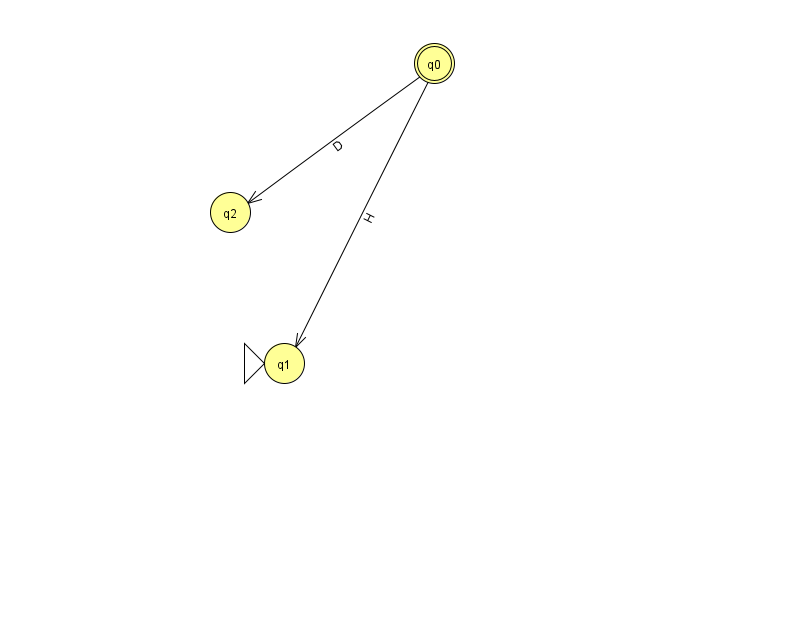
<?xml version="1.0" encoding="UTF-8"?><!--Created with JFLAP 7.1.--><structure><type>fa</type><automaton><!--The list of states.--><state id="0" name="q0"><x>434.0</x><y>50.0</y><final/></state><state id="1" name="q1"><x>284.0</x><y>350.0</y><initial/></state><state id="2" name="q2"><x>230.0</x><y>199.0</y></state><!--The list of transitions.--><transition><from>0</from><to>2</to><read>D</read></transition><transition><from>0</from><to>1</to><read>H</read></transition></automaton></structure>